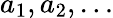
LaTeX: a_{1},a_{2},\dotsc